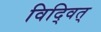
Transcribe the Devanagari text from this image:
विद्वित्